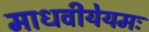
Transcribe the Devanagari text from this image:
माधवीयेयमः